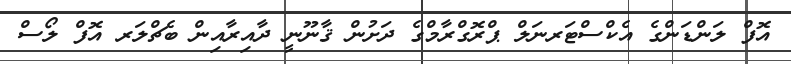
އޮފް ލަންޑަންގެ އެކްސްޓަރނަލް ޕްރޮގްރާމްގެ ދަށުން ޤާނޫނީ ދާއިރާއިން ބެޗްލަރ އޮފް ލޯސް